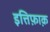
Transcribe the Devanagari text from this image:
इत्तिफ़ाक़